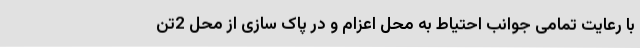
با رعایت تمامی جوانب احتیاط به محل اعزام و در پاک سازی از محل 2تن